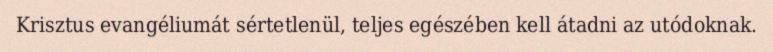
Krisztus evangéliumát sértetlenül, teljes egészében kell átadni az utódoknak.